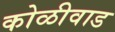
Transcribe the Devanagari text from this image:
कोळीवाड